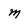
Character: m